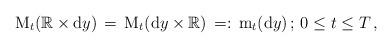
LaTeX: \begin{align*} \, \mathrm M_{t}( \mathbb R \times {\mathrm d} y) \, =\, \mathrm M_{t} ( {\mathrm d} y \times \mathbb R) \, =:\, \mathrm m_{t} ({\mathrm d} y) \,; \, 0 \le t \le T\,, \end{align*}